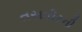
તસવીરની